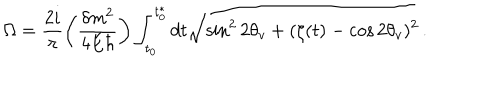
\Omega = \frac { 2 i } { \pi } \left( \frac { \delta m ^ { 2 } } { 4 E \hbar } \right) \int _ { t _ { 0 } } ^ { t _ { 0 } ^ { * } } { d t \sqrt { \sin ^ { 2 } { 2 \theta _ { v } } + ( \zeta ( t ) - \cos { 2 \theta _ { v } } ) ^ { 2 } } } \, .